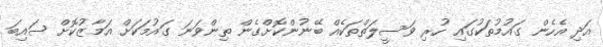
އަދި އެހެން ގައުމުތަކުގައި ހުރި ވަސީލަތްތަކެއް ބޭނުންކޮށްގެން ތިންވަނަ ގައުމަކަށް އަމާޒުކޮށް ސައިބަ